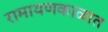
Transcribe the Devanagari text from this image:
रामायणकाळात